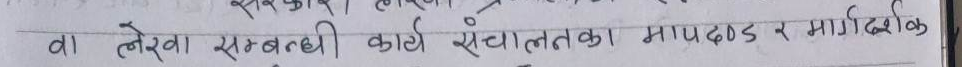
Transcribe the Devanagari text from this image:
वा लेखा सम्बन्धी कार्य संचालनका मापदण्ड र मार्गदर्शक